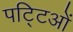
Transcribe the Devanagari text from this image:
पट्टिओं